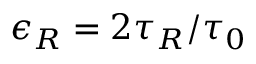
\epsilon _ { R } = 2 \tau _ { R } / \tau _ { 0 }